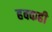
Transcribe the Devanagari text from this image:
हक्कही